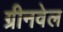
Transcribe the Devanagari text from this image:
ग्रीनवेल